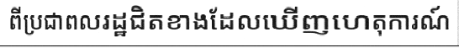
ពីប្រជាពលរដ្ឋជិតខាងដែលឃើញហេតុការណ៍